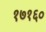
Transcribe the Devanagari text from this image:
१७१६०